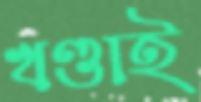
খণ্ডাই